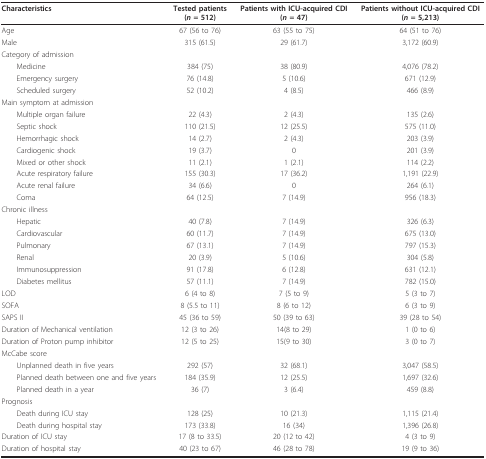
<table><thead><tr><td><b>Characteristics</b></td><td><b>Tested patients(<i>n </i>= 512)</b></td><td><b>Patients with ICU-acquired CDI(<i>n </i>= 47)</b></td><td><b>Patients without ICU-acquired CDI(<i>n </i>= 5,213)</b></td></tr></thead><tbody><tr><td>Age</td><td>67 (56 to 76)</td><td>63 (55 to 75)</td><td>64 (51 to 76)</td></tr><tr><td>Male</td><td>315 (61.5)</td><td>29 (61.7)</td><td>3,172 (60.9)</td></tr><tr><td>Category of admission</td><td></td><td></td><td></td></tr><tr><td> Medicine</td><td>384 (75)</td><td>38 (80.9)</td><td>4,076 (78.2)</td></tr><tr><td> Emergency surgery</td><td>76 (14.8)</td><td>5 (10.6)</td><td>671 (12.9)</td></tr><tr><td> Scheduled surgery</td><td>52 (10.2)</td><td>4 (8.5)</td><td>466 (8.9)</td></tr><tr><td>Main symptom at admission</td><td></td><td></td><td></td></tr><tr><td> Multiple organ failure</td><td>22 (4.3)</td><td>2 (4.3)</td><td>135 (2.6)</td></tr><tr><td> Septic shock</td><td>110 (21.5)</td><td>12 (25.5)</td><td>575 (11.0)</td></tr><tr><td> Hemorrhagic shock</td><td>14 (2.7)</td><td>2 (4.3)</td><td>203 (3.9)</td></tr><tr><td> Cardiogenic shock</td><td>19 (3.7)</td><td>0</td><td>201 (3.9)</td></tr><tr><td> Mixed or other shock</td><td>11 (2.1)</td><td>1 (2.1)</td><td>114 (2.2)</td></tr><tr><td> Acute respiratory failure</td><td>155 (30.3)</td><td>17 (36.2)</td><td>1,191 (22.9)</td></tr><tr><td> Acute renal failure</td><td>34 (6.6)</td><td>0</td><td>264 (6.1)</td></tr><tr><td> Coma</td><td>64 (12.5)</td><td>7 (14.9)</td><td>956 (18.3)</td></tr><tr><td>Chronic illness</td><td></td><td></td><td></td></tr><tr><td> Hepatic</td><td>40 (7.8)</td><td>7 (14.9)</td><td>326 (6.3)</td></tr><tr><td> Cardiovascular</td><td>60 (11.7)</td><td>7 (14.9)</td><td>675 (13.0)</td></tr><tr><td> Pulmonary</td><td>67 (13.1)</td><td>7 (14.9)</td><td>797 (15.3)</td></tr><tr><td> Renal</td><td>20 (3.9)</td><td>5 (10.6)</td><td>304 (5.8)</td></tr><tr><td> Immunosuppression</td><td>91 (17.8)</td><td>6 (12.8)</td><td>631 (12.1)</td></tr><tr><td> Diabetes mellitus</td><td>57 (11.1)</td><td>7 (14.9)</td><td>782 (15.0)</td></tr><tr><td>LOD</td><td>6 (4 to 8)</td><td>7 (5 to 9)</td><td>5 (3 to 7)</td></tr><tr><td>SOFA</td><td>8 (5.5 to 11)</td><td>8 (6 to 12)</td><td>6 (3 to 9)</td></tr><tr><td>SAPS II</td><td>45 (36 to 59)</td><td>50 (39 to 63)</td><td>39 (28 to 54)</td></tr><tr><td>Duration of Mechanical ventilation</td><td>12 (3 to 26)</td><td>14(8 to 29)</td><td>1 (0 to 6)</td></tr><tr><td>Duration of Proton pump inhibitor</td><td>12 (5 to 25)</td><td>15(9 to 30)</td><td>3 (0 to 7)</td></tr><tr><td>McCabe score</td><td></td><td></td><td></td></tr><tr><td> Unplanned death in five years</td><td>292 (57)</td><td>32 (68.1)</td><td>3,047 (58.5)</td></tr><tr><td> Planned death between one and five years</td><td>184 (35.9)</td><td>12 (25.5)</td><td>1,697 (32.6)</td></tr><tr><td> Planned death in a year</td><td>36 (7)</td><td>3 (6.4)</td><td>459 (8.8)</td></tr><tr><td>Prognosis</td><td></td><td></td><td></td></tr><tr><td> Death during ICU stay</td><td>128 (25)</td><td>10 (21.3)</td><td>1,115 (21.4)</td></tr><tr><td> Death during hospital stay</td><td>173 (33.8)</td><td>16 (34)</td><td>1,396 (26.8)</td></tr><tr><td>Duration of ICU stay</td><td>17 (8 to 33.5)</td><td>20 (12 to 42)</td><td>4 (3 to 9)</td></tr><tr><td>Duration of hospital stay</td><td>40 (23 to 67)</td><td>46 (28 to 78)</td><td>19 (9 to 36)</td></tr></tbody></table>